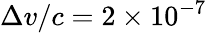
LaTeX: \Delta v/c=2\times 10^{-7}